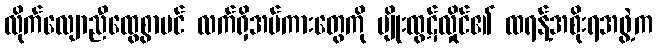
လိုက်လျောညီထွေစွာပင် လက်ရှိအပ်ကားတွေကို မျိုးထွဋ်လှိုင်၏ ထရန့်အစိုးရအဖွဲ့က